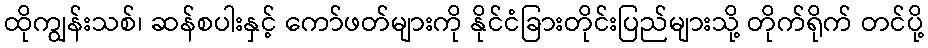
ထိုကျွန်းသစ်၊ ဆန်စပါးနှင့် ကော်ဖတ်များကို နိုင်ငံခြားတိုင်းပြည်များသို့ တိုက်ရိုက် တင်ပို့